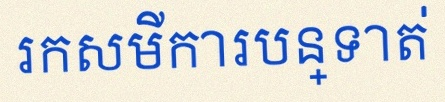
រកសមីការបន្ទាត់